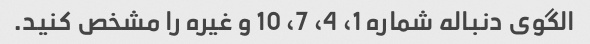
الگوی دنباله شماره 1، 4، 7، 10 و غیره را مشخص کنید.